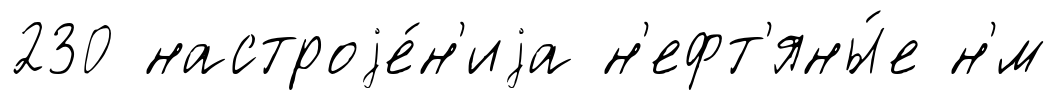
230 настроjе́н'иjа н'ефт'яны́е н'́м